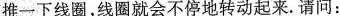
推一下线圈，线圈就会不停地转动起来。请问：